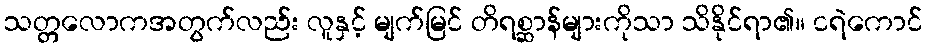
သတ္တလောကအတွက်လည်း လူနှင့် မျက်မြင် တိရစ္ဆာန်များကိုသာ သိနိုင်ရာ၏။ ငရဲကောင်